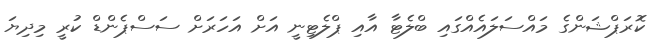
ކޮރަޕްޝަންގެ މައްސަލައެއްގައި ބްލެޓާ އާއި ޕްލެޓިނީ އަށް އަހަރަށް ސަސްޕެންޑް ކުރީ މިދިޔަ